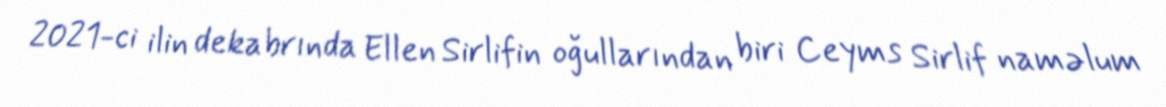
2021-ci ilin dekabrında Ellen Sirlifin oğullarından biri Ceyms Sirlif naməlum